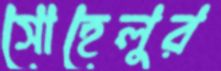
সোহেলুর